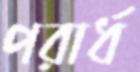
পরার্ধ